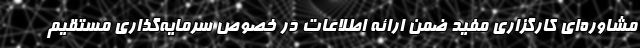
مشاوره‌ای کارگزاری مفید ضمن ارائه اطلاعات در خصوص سرمایه‌گذاری مستقیم